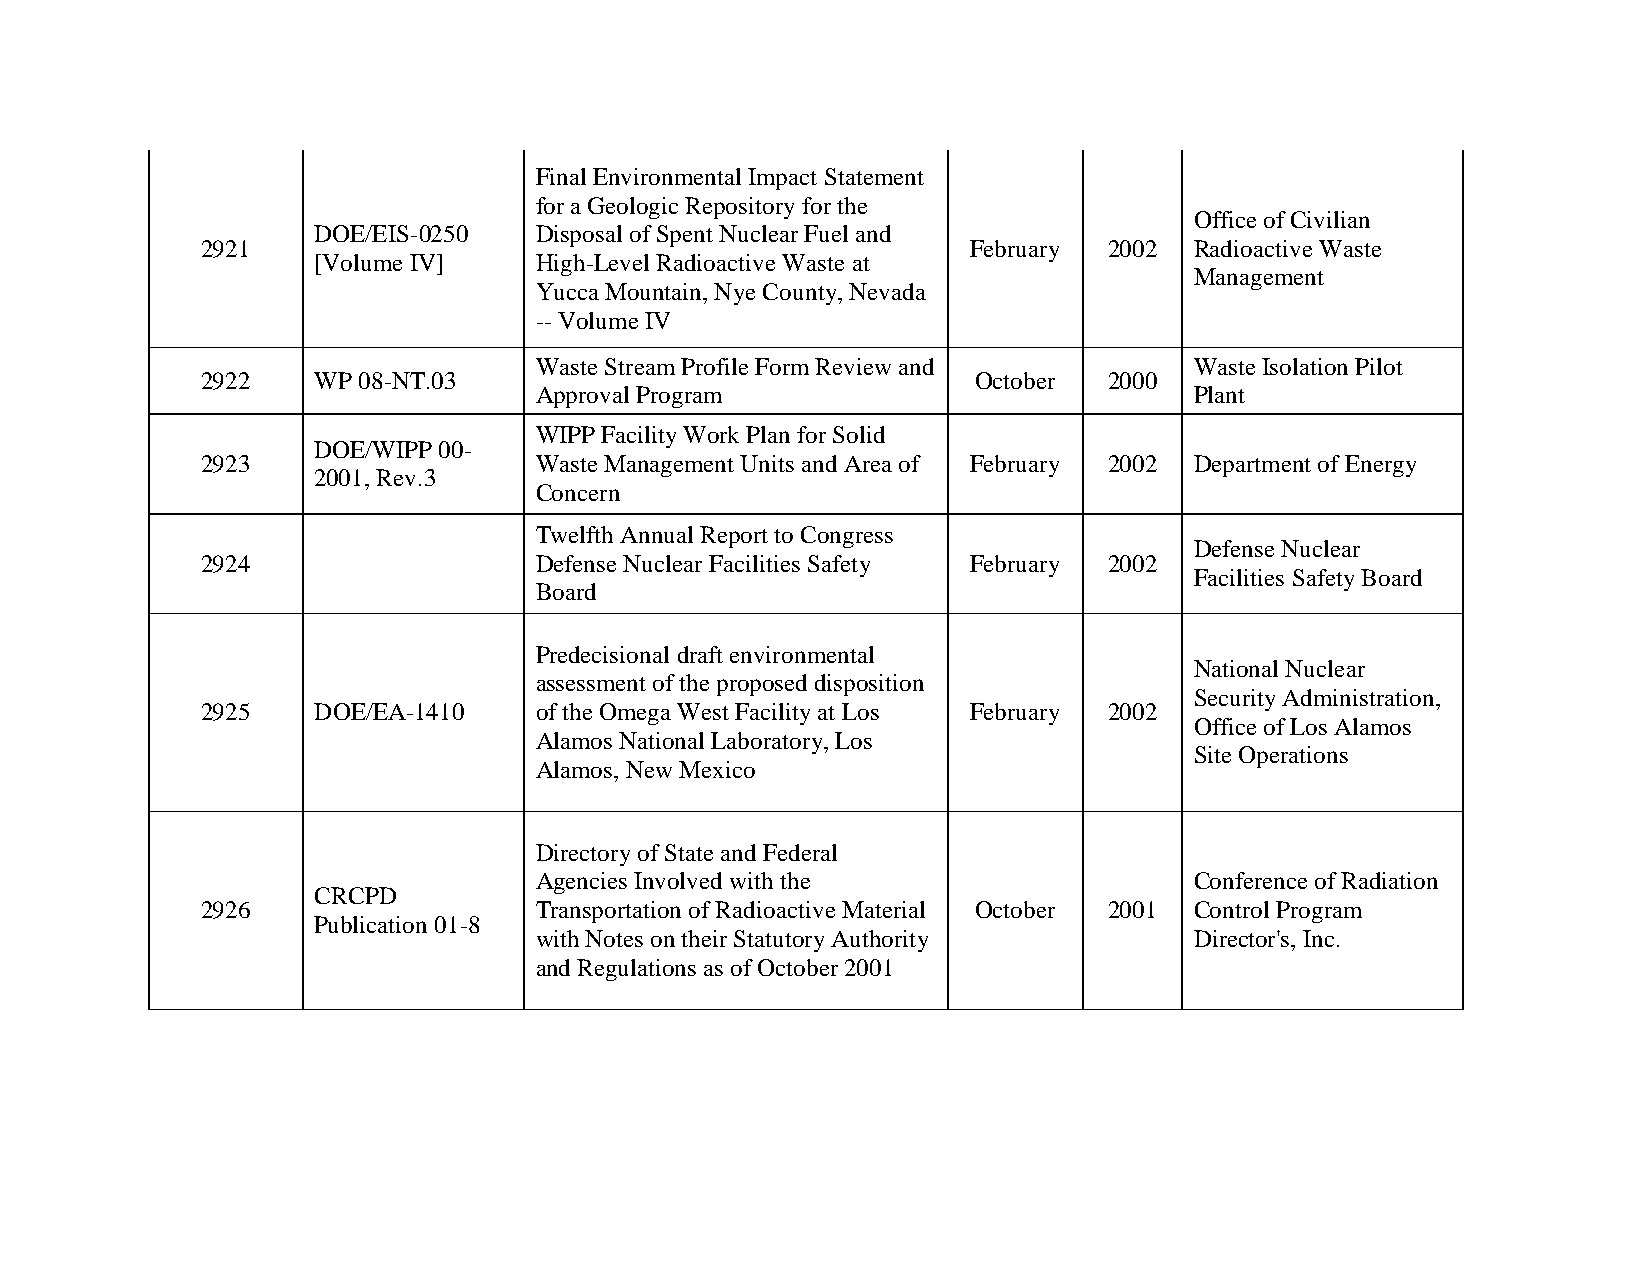
Final Environmental Impact Statement
 for a Geologic Repository for the
 Office of Civilian
 DOE/EIS-0250  Disposal of Spent Nuclear Fuel and
 2921                                               February 2002  Radioactive Waste
 [Volume IV]   High-Level Radioactive Waste at
 Management
 Yucca Mountain, Nye County, Nevada
 -- Volume IV
 Waste Stream Profile Form Review and        Waste Isolation Pilot
 2922    WP 08-NT.03                                October  2000
 Approval Program                            Plant
 WIPP Facility Work Plan for Solid
 DOE/WIPP 00-
 2923                  Waste Management Units and Area of February 2002 Department of Energy
 2001, Rev.3
 Concern
 Twelfth Annual Report to Congress
 Defense Nuclear
 2924                  Defense Nuclear Facilities Safety February 2002
 Facilities Safety Board
 Board
 Predecisional draft environmental
 National Nuclear
 assessment of the proposed disposition
 Security Administration,
 2925    DOE/EA-1410   of the Omega West Facility at Los February 2002
 Office of Los Alamos
 Alamos National Laboratory, Los
 Site Operations
 Alamos, New Mexico
 Directory of State and Federal
 Agencies Involved with the                  Conference of Radiation
 CRCPD
 2926                  Transportation of Radioactive Material October 2001 Control Program
 Publication 01-8
 with Notes on their Statutory Authority     Director's, Inc.
 and Regulations as of October 2001